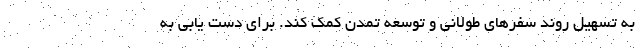
به تسهیل روند سفرهای طولانی و توسعه تمدن کمک کند. برای دست یابی به